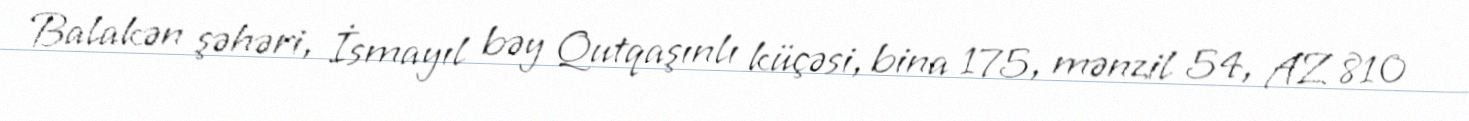
Balakən şəhəri, İsmayıl bəy Qutqaşınlı küçəsi, bina 175, mənzil 54, AZ 810